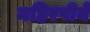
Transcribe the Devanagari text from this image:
महिरपीने